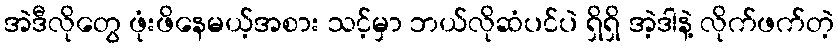
အဲဒီလိုတွေ ဖုံးဖိနေမယ့်အစား သင့်မှာ ဘယ်လိုဆံပင်ပဲ ရှိရှိ အဲ့ဒါနဲ့ လိုက်ဖက်တဲ့